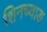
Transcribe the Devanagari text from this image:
शिनच्याङ